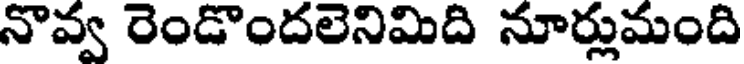
నొవ్వ రెండొందలెనిమిది నూర్లుమంది